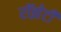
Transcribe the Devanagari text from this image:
रॉझेटी